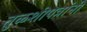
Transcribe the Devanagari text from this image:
तुळशीपत्रांनी